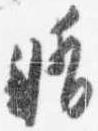
晴